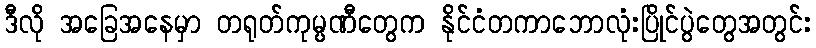
ဒီလို အခြေအနေမှာ တရုတ်ကုမ္ပဏီတွေက နိုင်ငံတကာဘောလုံးပြိုင်ပွဲတွေအတွင်း